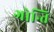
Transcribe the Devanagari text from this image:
गोन्ति